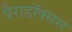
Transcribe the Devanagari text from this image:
पैराडॉक्सस